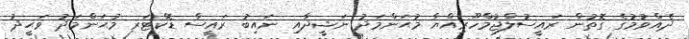
ދެއްވުމުގެ ގޮތުން ރައީސުލްޖުމްހޫރިއްޔާ މުޙަންމަދު ނަޝީދާއި ނައިބު ރައީސް ޑޮކްޓަރ މުޙަންމަދު ވަޙީދު